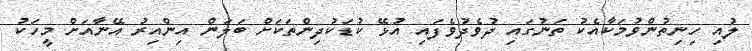
ލުއި ހިނިތުންވުމަކާއެކު ތަނުގައި ދުވެދުވެފައި އުޅޭ ކުޑަކުދިންތަކަށް ބަލަން އިންއިރު އޭނާއަށް މީހަކު